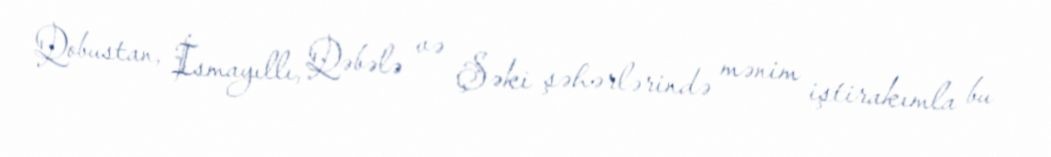
Qobustan, İsmayıllı, Qəbələ və Şəki şəhərlərində mənim iştirakımla bu